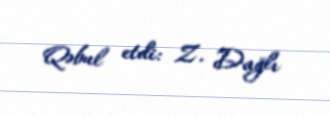
Qəbul etdi: Z. Dağlı